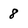
Character: 8